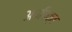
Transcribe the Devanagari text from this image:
अपपिक्व